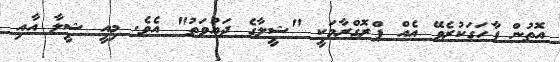
އޮތުން ފާހަގަކުރެވޭ އެއް ޕްރޮގްރާމަކީ "ޝީލާގެ ދައުވަތު" އެވެ. މިއީ ޝީލާ އާއި